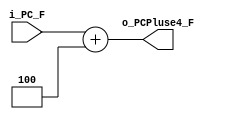
module PC_INC_4 #(
    parameter INST_Width ='d32
) (
    input wire [INST_Width-1:0]  i_PC_F,
    output wire [INST_Width-1:0] o_PCPluse4_F
);
    assign o_PCPluse4_F= i_PC_F+'d4;

endmodule